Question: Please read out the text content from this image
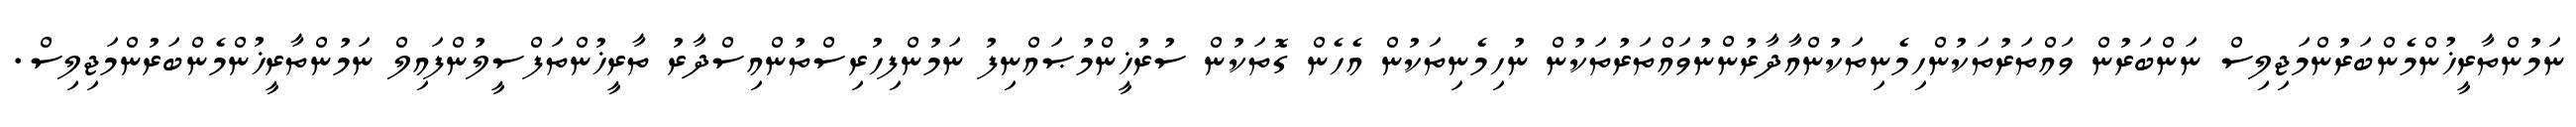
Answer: ނަމުންތާރީޚުންމެންބަރުންމަޖިލިސް ނަންބަރުން ވައްތަރުތަކުންހިމެނިތަކުންއާދާރުންނުވައްތަރުތަކުން ނުހިމެނިތަކުން އެހެން ގޮތަކުން ސުރުޚީންމުޞައްނިފު ނަމުންފިހުރިސްތުންއިސްދާރު ތާރީޚުންތަފްސީލުންފައިލް ނަމުންތާރީޚުންމެންބަރުންމަޖިލިސް.